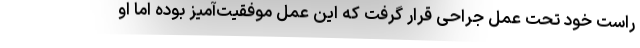
راست خود تحت عمل جراحی قرار گرفت که این عمل موفقیت‌آمیز بوده اما او